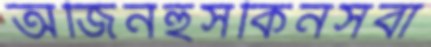
অজিনহুসকিনসবা